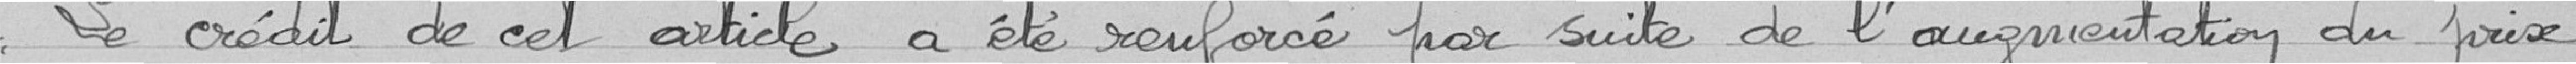
Le crédit de cet article a été renforcé par suite de l'augmentation du prix